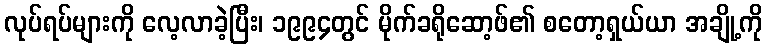
လုပ်ရပ်များကို လေ့လာခဲ့ပြီး၊ ၁၉၉၄တွင် မိုက်ခရိုဆော့ဖ်၏ စတော့ရှယ်ယာ အချို့ကို